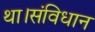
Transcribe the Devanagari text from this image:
था।संविधान